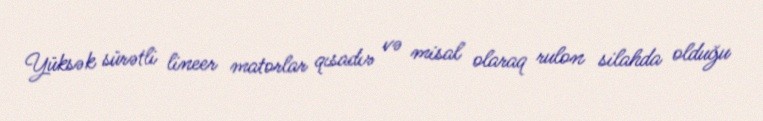
Yüksək sürətli lineer matorlar qısadır və misal olaraq rulon silahda olduğu